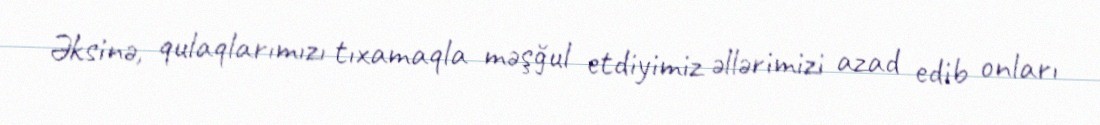
Əksinə, qulaqlarımızı tıxamaqla məşğul etdiyimiz əllərimizi azad edib onları